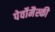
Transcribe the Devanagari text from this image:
पेर्वोमैस्की